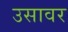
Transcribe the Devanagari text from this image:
उसावर